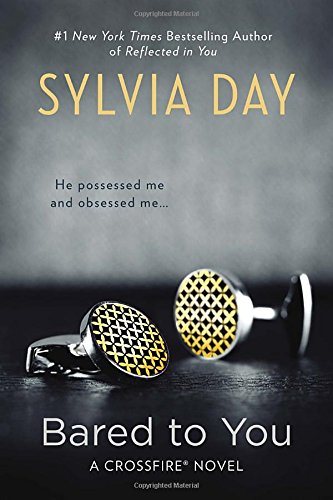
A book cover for Bared to You (A Crossfire Novel); Sylvia Day; Romance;